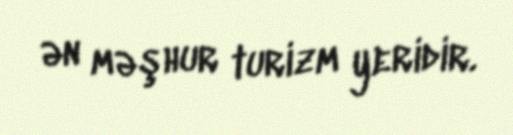
ən məşhur turizm yeridir.